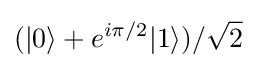
(|0\rangle +e^{i\pi /2}|1\rangle )/{\sqrt {2}}